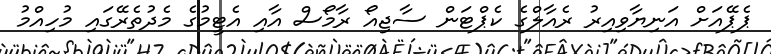
ޕެޕޭއަށް އަނިޔާވިއިރު ރެއާލްގެ ކެޕްޓަން ސާޖިއޯ ރާމޯސް އާއި އެޓީމުގެ މެދުތެރޭގައި މުހިއްމު